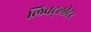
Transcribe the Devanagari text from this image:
लिचट्लीटर